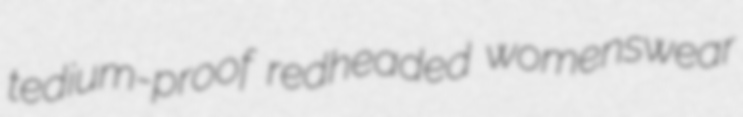
tedium-proof redheaded womenswear